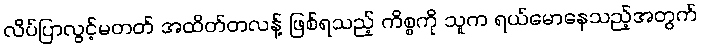
လိပ်ပြာလွင့်မတတ် အထိတ်တလန့် ဖြစ်ရသည့် ကိစ္စကို သူက ရယ်မောနေသည့်အတွက်